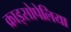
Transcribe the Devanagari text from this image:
क्राइसोपेलिया